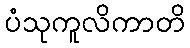
ပံသုကူလိကာတိ